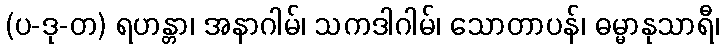
(ပ-ဒု-တ) ရဟန္တာ၊ အနာဂါမ်၊ သကဒါဂါမ်၊ သောတာပန်၊ ဓမ္မာနုသာရီ၊